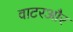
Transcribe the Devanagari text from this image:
वाटरऔर